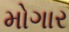
મોગાર